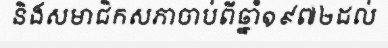
និងសមាជិកសភាចាប់ពីឆ្នាំ១៩៧២ដល់